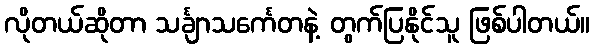
လိုတယ်ဆိုတာ သင်္ချာသင်္ကေတနဲ့ တွက်ပြနိုင်သူ ဖြစ်ပါတယ်။